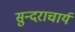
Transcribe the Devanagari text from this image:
सुन्दराचार्य